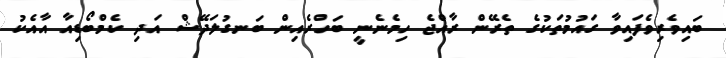
ބައިވެރިވެފައިވާ ގައުމުތަކުގެ ތެރޭން ރާއްޖެ ހިމެނެނީ ބަހްރެއިން ބަނގުލަދޭޝް އަދި ކެމްބޯޑިއާ އާއެކު